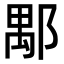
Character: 𨜖